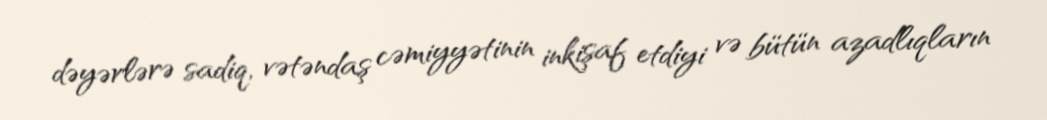
dəyərlərə sadiq, vətəndaş cəmiyyətinin inkişaf etdiyi və bütün azadlıqların